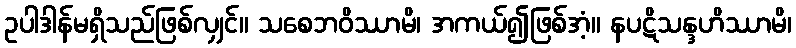
ဥပါဒါန်မရှိသည်ဖြစ်လျှင်။ သစေဘဝိဿာမိ၊ အကယ်၍ဖြစ်အံ့။ နပဋိသန္ဒဟိဿာမိ၊